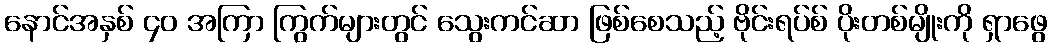
နောင်အနှစ် ၄၀ အကြာ ကြွက်များတွင် သွေးကင်ဆာ ဖြစ်စေသည့် ဗိုင်းရပ်စ် ပိုးတစ်မျိုးကို ရှာဖွေ